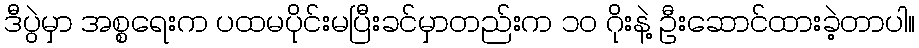
ဒီပွဲမှာ အစ္စရေးက ပထမပိုင်းမပြီးခင်မှာတည်းက ၁၀ ဂိုးနဲ့ ဦးဆောင်ထားခဲ့တာပါ။